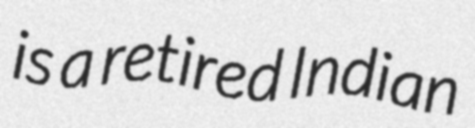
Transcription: is a retired Indian